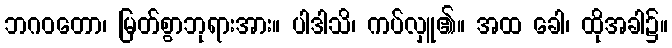
ဘဂဝတော၊ မြတ်စွာဘုရားအား။ ပါဒါသိ၊ ကပ်လှူ၏။ အထ ခေါ၊ ထိုအခါ၌။